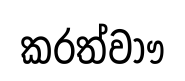
කරත්වාෟ